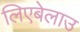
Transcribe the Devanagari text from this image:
लिएबेलाउ